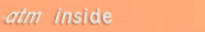
atm inside